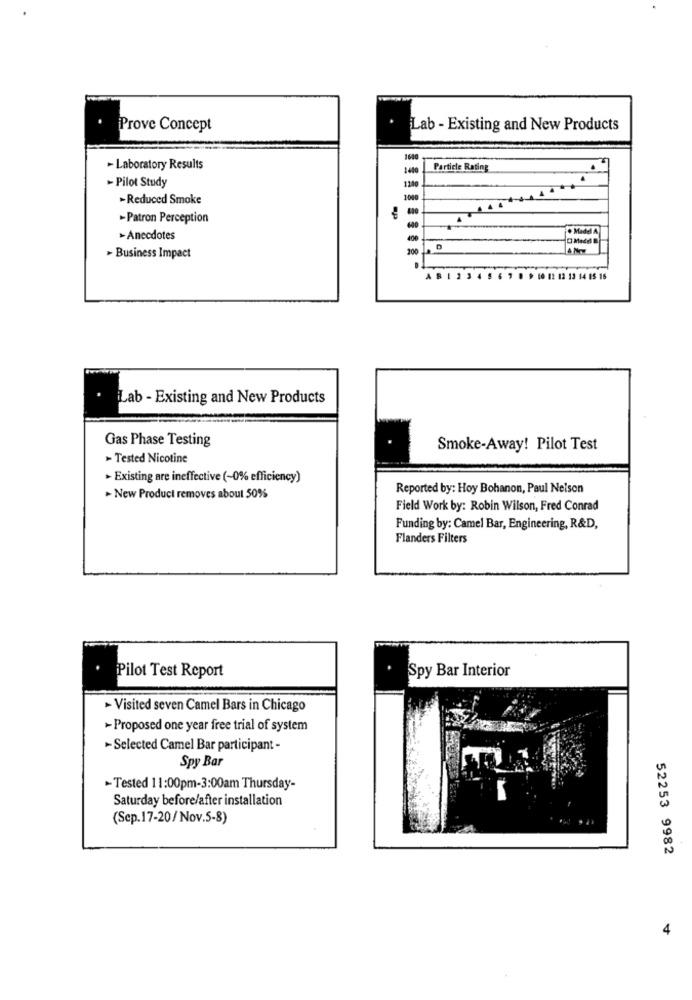
Prove Concept
Lab - Existing and New Products
1600
- Laboratory Results
Particle Rating
- Pilot Study
1280
>Reduced Smoke
1040
-Patron Perception
. Madel A
>Anecdotes
> Business Impact
200 La
ABI 23 4 5 6 789 10 12 12 13 14 15 16
Lab - Existing and New Products
Gas Phase Testing
Smoke-Away! Pilot Test
> Tested Nicotine
Existing are ineffective (~0% efficiency)
Reported by: Hoy Bohanon, Paul Nelson
New Product removes about 50%
Field Work by: Robin Wilson, Fred Conrad
Funding by: Camel Bar, Engineering, R&D,
Flanders Filters
Spy Bar Interior
Pilot Test Report
- Visited seven Camel Bars in Chicago
- Proposed one year free trial of system
-Selected Camel Bar participant -
Spy Bar
-Tested 11:00pm-3:00am Thursday-
Saturday before/after installation
(Sep.17-20/ Nov.5-8)
52253 9982
4